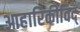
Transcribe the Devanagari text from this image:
आहारिकीविद्